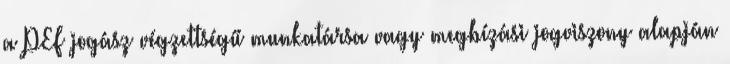
a PEF jogász végzettségű munkatársa vagy megbízási jogviszony alapján